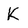
Character: K